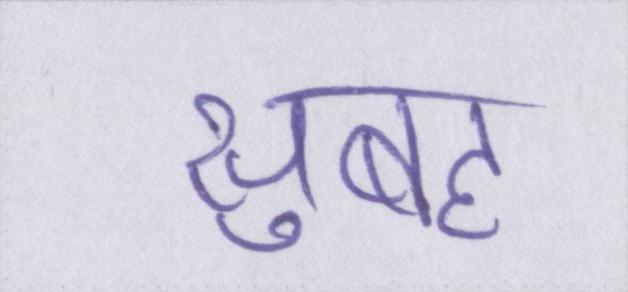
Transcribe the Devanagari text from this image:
सुबह